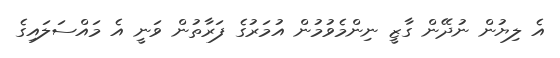
އެ ލިޔުން ނުދޭން ގާޒީ ނިންމެވުމުން އުމަރުގެ ފަރާތުން ވަނީ އެ މައްސަލައިގެ